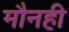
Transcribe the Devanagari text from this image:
मौनही